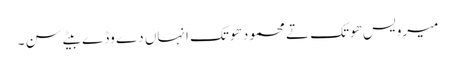
میرویس ھوتک تے محمود ھوتک انہاں دے وڈے بیٹے سن ۔